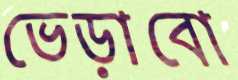
ভেড়াবো